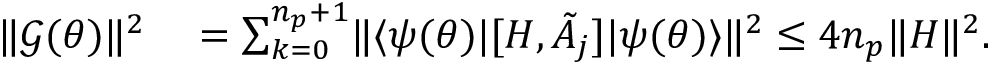
\begin{array} { r l } { \lVert \mathcal { G } ( { \boldsymbol { \theta } } ) \rVert ^ { 2 } } & { { } = \sum _ { k = 0 } ^ { n _ { p } + 1 } \lVert \langle \psi ( { \boldsymbol { \theta } } ) | [ H , \tilde { A } _ { j } ] | \psi ( { \boldsymbol { \theta } } ) \rangle \rVert ^ { 2 } \leq 4 n _ { p } \lVert H \rVert ^ { 2 } . } \end{array}